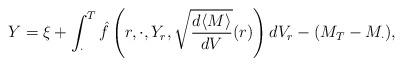
LaTeX: \begin{align*}Y = \xi +\int_{\cdot}^T \hat{f}\left(r,\cdot,Y_r,\sqrt{\frac{d\langle M\rangle}{dV}}(r)\right) dV_r - (M_T-M_{\cdot}),\end{align*}